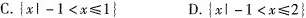
C.$${xl-1<x≤1} $$D.$$|xl-1<x≤2}$$